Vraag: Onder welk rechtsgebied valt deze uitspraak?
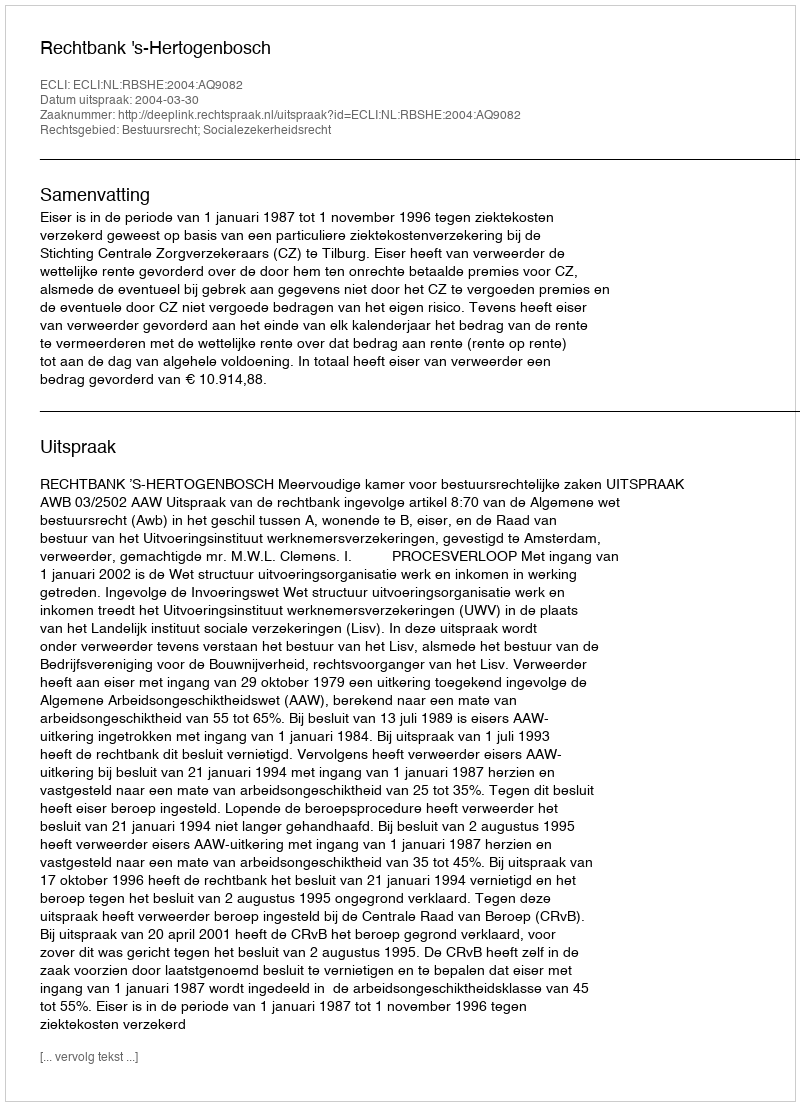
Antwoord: Bestuursrecht; Socialezekerheidsrecht